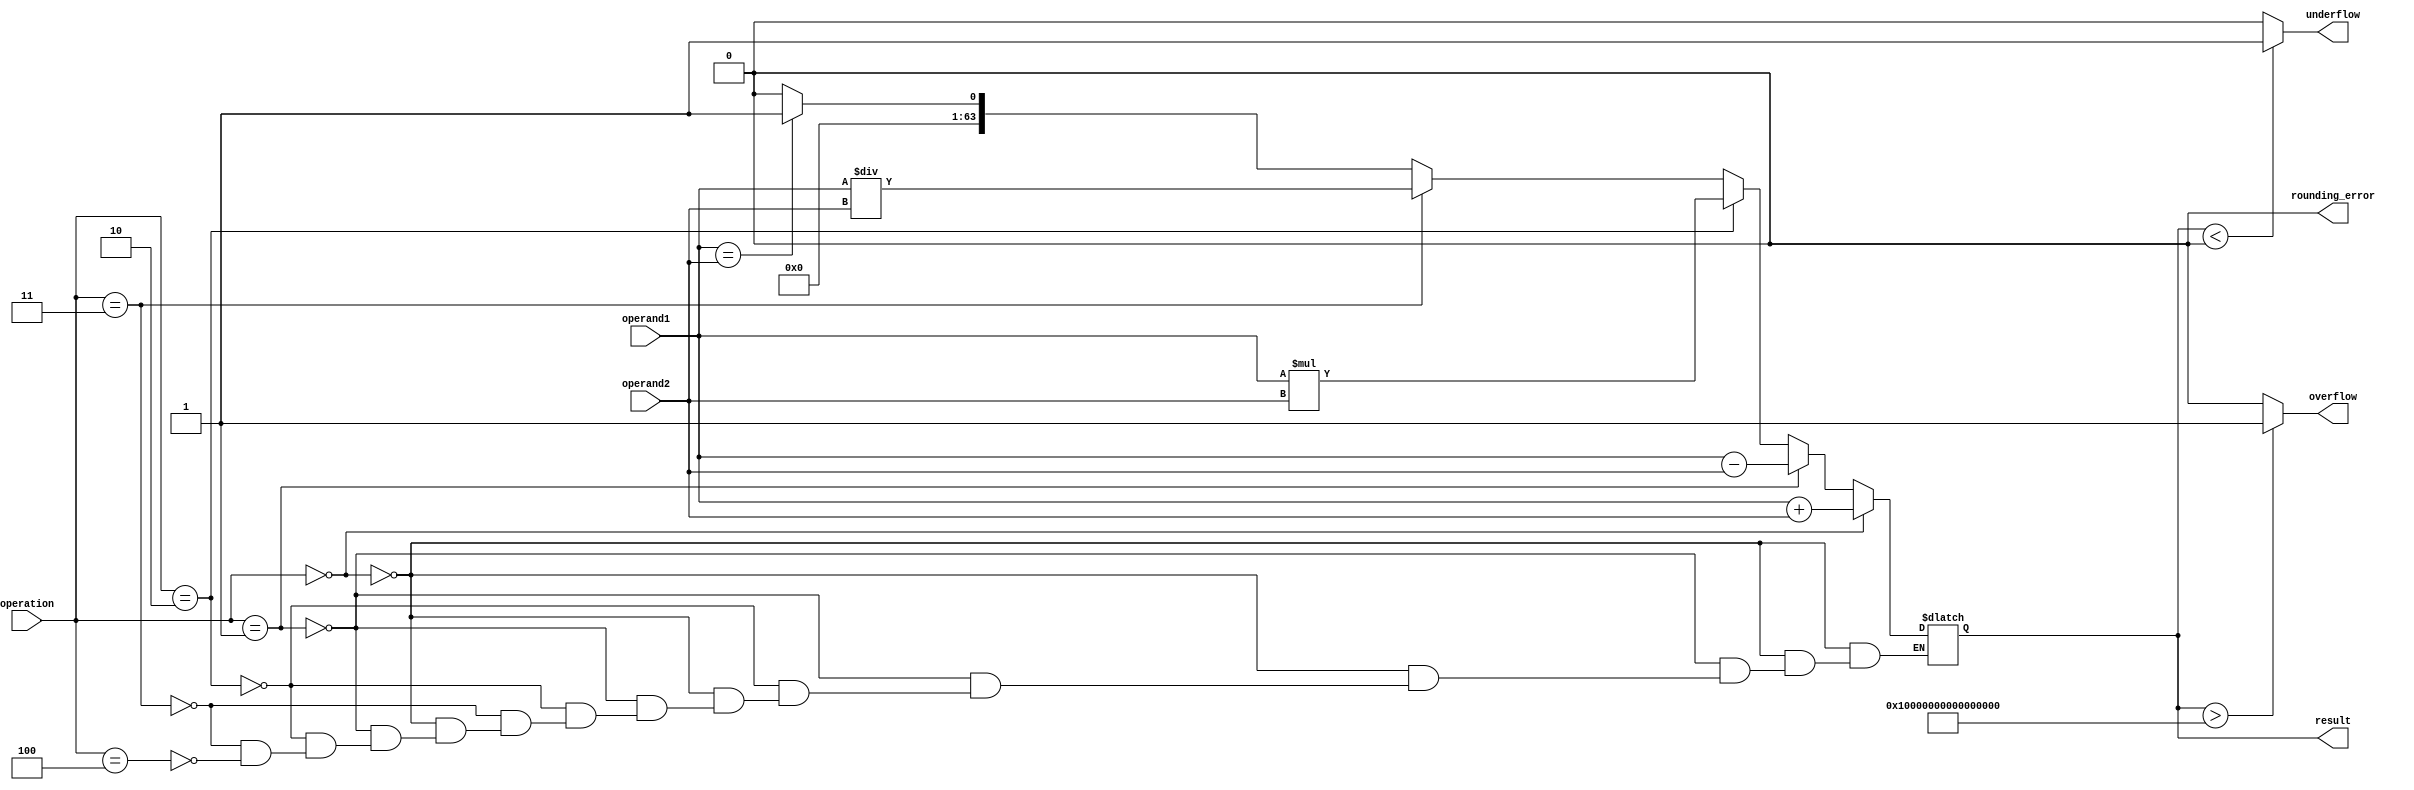
module TriplePrecisionFPU(
    input wire [63:0] operand1,
    input wire [63:0] operand2,
    input wire [2:0] operation,
    output reg [63:0] result,
    output reg overflow,
    output reg underflow,
    output reg rounding_error
);

// Adder block
always @(*)
begin
    if(operation == 3'b000) // Addition
        result = operand1 + operand2;
    else if(operation == 3'b001) // Subtraction
        result = operand1 - operand2;
    else if(operation == 3'b010) // Multiplication
        result = operand1 * operand2;
    else if(operation == 3'b011) // Division
        result = operand1 / operand2;
    else if(operation == 3'b100) // Comparison
    begin
        if(operand1 == operand2)
            result = 64'b1;
        else
            result = 64'b0;
    end
end

// Overflow detection
always @(*)
begin
    if(result > 64'hFFFFFFFFFFFFFFFF) // Maximum triple precision value
        overflow = 1;
    else
        overflow = 0;
end

// Underflow detection
always @(*)
begin
    if(result < 64'h0000000000000000) // Minimum triple precision value
        underflow = 1;
    else
        underflow = 0;
end

// Rounding error detection
always @(*)
begin
    rounding_error = 0; // To be implemented
end

endmodule